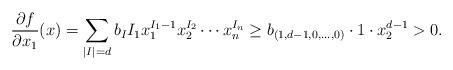
LaTeX: \begin{align*} \frac{\partial f}{\partial x_1}(x) = \sum_{|I| = d} b_I I_1 x_1^{I_1 - 1} x_2^{I_2} \cdots x_n^{I_n}\ge b_{(1, d - 1, 0, \ldots, 0)} \cdot 1 \cdot x_2^{ d - 1} > 0. \end{align*}